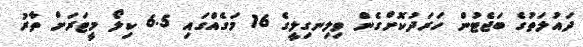
ދައުލަތުގެ ބަޖެޓުން ހަރަދުކޮށްގެން ވިލިނގިލީގެ 16 މަގެއްގައި 6.5 ކިލޯ މީޓަރަށް ތާރު